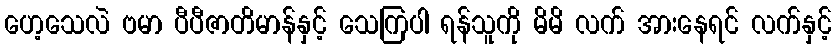
ဟေ့သေလဲ ဗမာ ပီပီဇာတိမာန်နှင့် သေကြပါ ရန်သူကို မိမိ လက် အားနေရင် လက်နှင့်